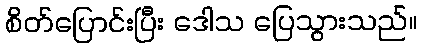
စိတ်ပြောင်းပြီး ဒေါသ ပြေသွားသည်။